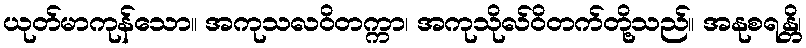
ယုတ်မာကုန်သော။ အကုသလဝိတက္ကာ၊ အကုသိုလ်ဝိတက်တို့သည်။ အနုစရန္တိ၊